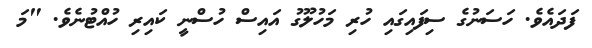
ފަދައެވެ. ހަސަނުގެ ސިފައިގައި ހުރި މަހުލޫގު އައިސް ހުސްނީ ކައިރި ހުއްޓުނެވެ. "މަ